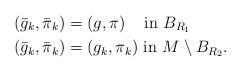
LaTeX: \begin{align*}(\bar{g}_k, \bar{\pi}_k) &= (g, \pi) \;\; \;\mbox{ in } B_{R_1}\\(\bar{g}_k, \bar{\pi}_k) &= (g_k, \pi_k) \mbox{ in } M\setminus B_{R_2}.\end{align*}